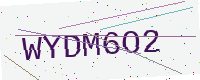
Text: WYDM6O2